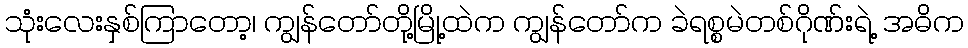
သုံးလေးနှစ်ကြာတော့၊ ကျွန်တော်တို့မြို့ထဲက ကျွန်တော်က ခဲရစ္စမဲတစ်ဂိုဏ်းရဲ့ အဓိက